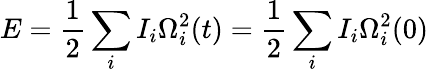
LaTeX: E=\frac 12\sum_{i}I_{i}\Omega_{i}^{2}(t)=\frac 12\sum_{i}I_{i}\Omega_{i}^{2}(0)